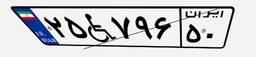
۲۵W۷۹۶۵۰